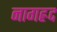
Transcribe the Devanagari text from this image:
नागह्रद